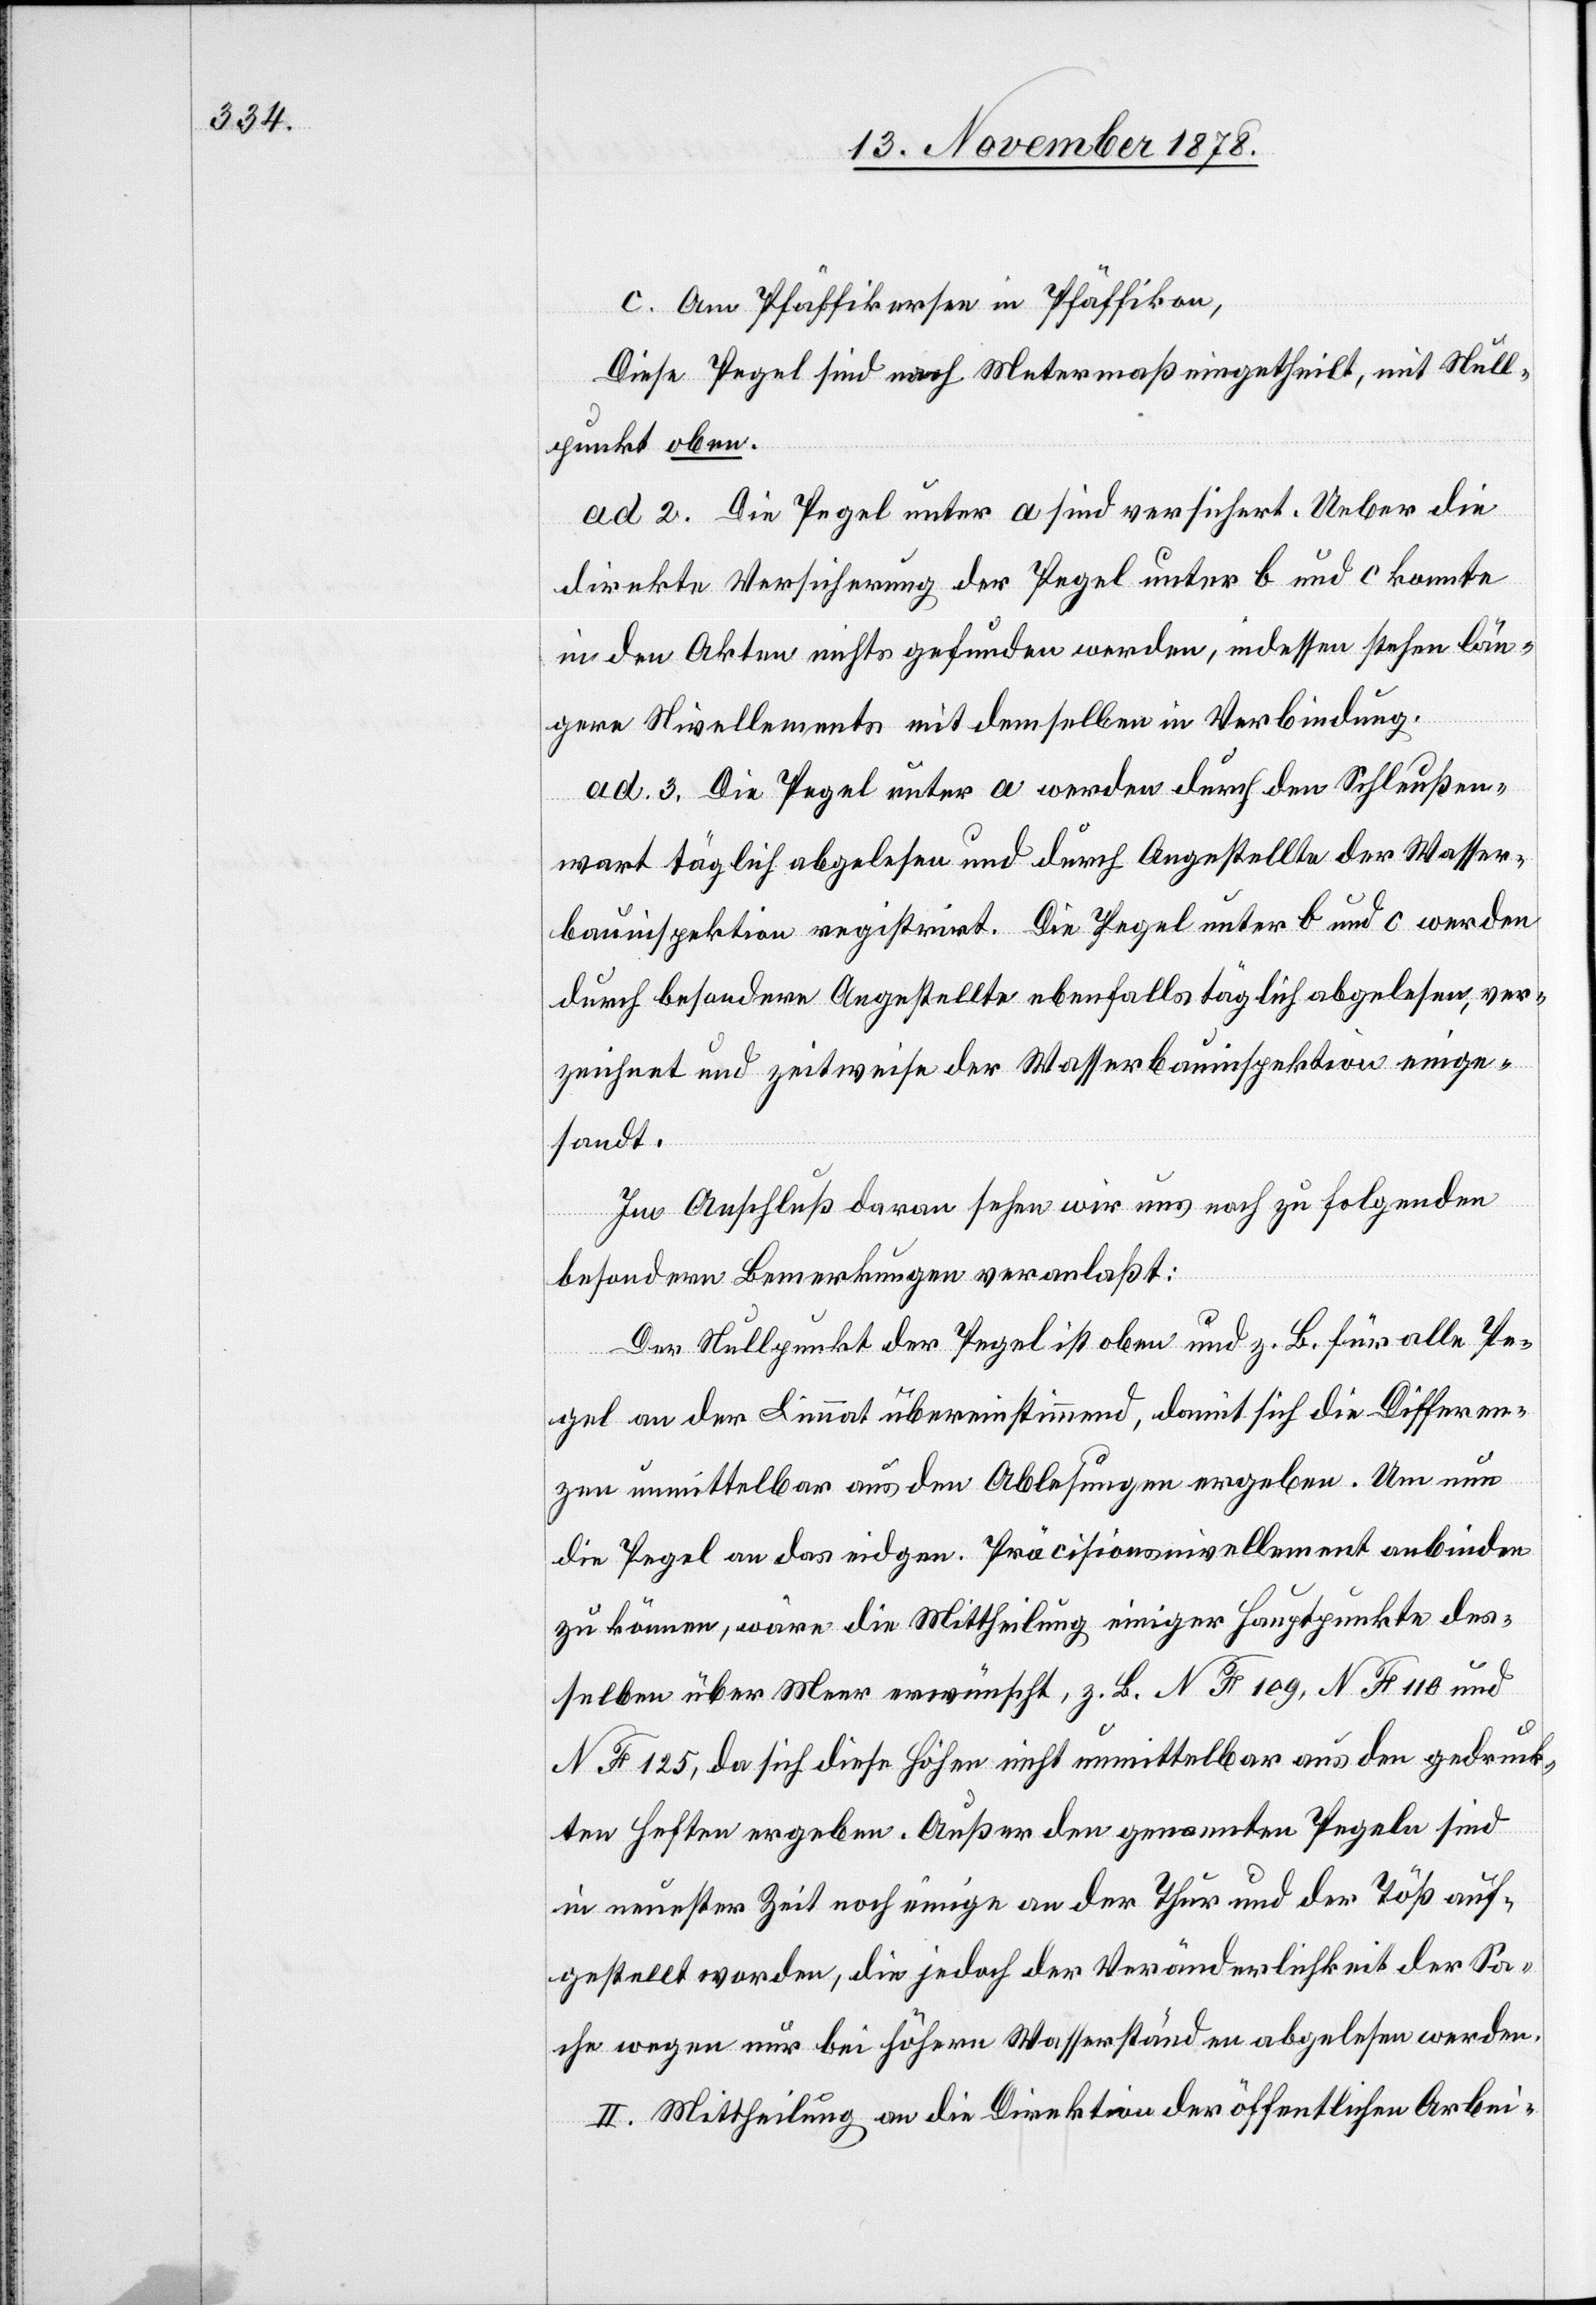
c. Am Pfäffikersee in Pfäffikon,
Diese Pegel sind nach Metermaß eingetheilt, mit Null¬
punkt oben.
ad 2. Die Pegel unter a sind versichert. Ueber die
direkte Versicherung der Pegel unter b und c konnte
in den Akten nichts gefunden werden, indessen stehen län¬
gere Nivellements mit denselben in Verbindung.
ad. 3. Die Pegel unter a werden durch den Schleußen¬
wart täglich abgelesen und durch Angestellte der Wasser¬
bauinspektion registrirt. Die Pegel unter b und c werden
durch besondere Angestellte ebenfalls täglich abgelesen, ver¬
zeichnet und zeitweise der Wasserbauinspektion einge¬
sandt.
Im Anschluß davon sehen wir uns noch zu folgenden
besondern Bemerkung veranlaßt:
Der Nullpunkt der Pegel ist oben und z. B. für alle Pe¬
gel an der Limmat übereinstimmend, damit sich die Differen¬
zen unmittelbar aus den Ablesungen ergeben. Um nun
die Pegel an das eidgen. Präcisionsnivellement anbinden
zu können, wäre die Mittheilung einiger Hauptpunkte des¬
selben über Meer erwünscht, z. B. N F 109, N F 110 und
N F 125, da sich diese Höhen nicht unmittelbar aus den gedruck¬
ten Heften ergeben. Außer den genannten Pegeln sind
in neuester Zeit noch einige an der Thur und an der Töß auf¬
gestellt worden, die jedoch der Veränderlichkeit der Sa¬
che wegen nur bei höhern Wasserständen abgelesen werden.
II. Mittheilung an die Direktion der öffentlichen Arbei-